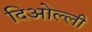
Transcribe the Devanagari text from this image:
दिओल्ली